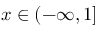
x \in ( - \infty , 1 ]